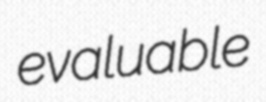
evaluable